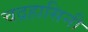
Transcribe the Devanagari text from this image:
चद्रहासिनी